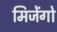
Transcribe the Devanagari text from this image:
मिजेंगो